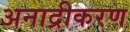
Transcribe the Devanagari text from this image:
अनाद्रीकरण